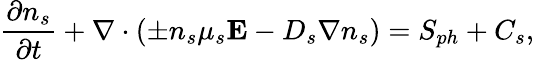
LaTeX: \frac{\partial n_{s}}{\partial t}+\nabla\cdot\left(\pm n_{s}\mu_{s}\mathbf{E}-D_{s}\nabla n_{s}\right)=S_{ph}+C_{s},